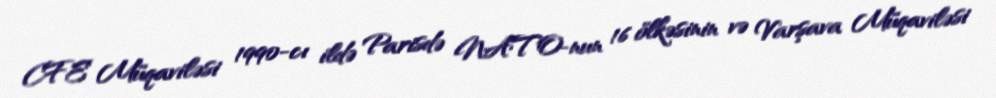
CFE Müqaviləsi 1990-cı ildə Parisdə NATO-nun 16 ölkəsinin və Varşava Müqaviləsi